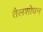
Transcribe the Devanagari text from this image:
तैलशोधन